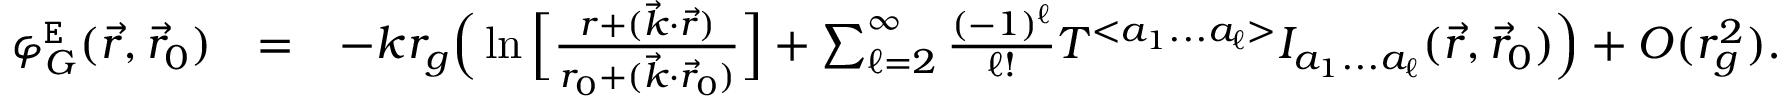
\begin{array} { r l r } { \varphi _ { G } ^ { \tt E } ( \vec { r } , \vec { r } _ { 0 } ) } & { = } & { - k r _ { g } \Big ( \ln \Big [ \frac { r + ( \vec { k } \cdot \vec { r } ) } { r _ { 0 } + ( \vec { k } \cdot \vec { r } _ { 0 } ) } \Big ] + \sum _ { \ell = 2 } ^ { \infty } \frac { ( - 1 ) ^ { \ell } } { \ell ! } { \cal T } ^ { < a _ { 1 } . . . a _ { \ell } > } { \cal I } _ { a _ { 1 } . . . a _ { \ell } } ( \vec { r } , \vec { r } _ { 0 } ) \Big ) + { \cal O } ( r _ { g } ^ { 2 } ) . } \end{array}